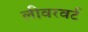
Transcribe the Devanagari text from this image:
लीवरवर्ट